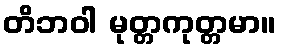
တိဘဝါ မုတ္တကုတ္တမာ။